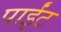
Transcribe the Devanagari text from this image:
पाईंट